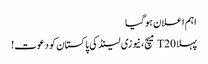
اہم اعلان ہوگیا
پہلا T20 میچ، نیوزی لینڈ کی پاکستان کو دعوت!